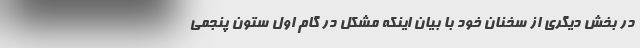
در بخش دیگری از سخنان خود با بیان اینکه مشکل در گام اول ستون پنجمی